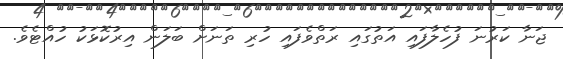
ޖަނާ ކަރުނަ ފުހެލާފައި އަތުގައި ރަތްވެފައި ހުރި ތަނަށް ބަލަން އިރުކޮޅަކު ހުއްޓެވެ.